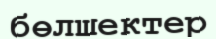
бөлшектер